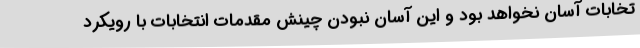
تخابات آسان نخواهد بود و این آسان نبودن چینش مقدمات انتخابات با رویکرد